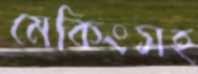
মেকিংসহ